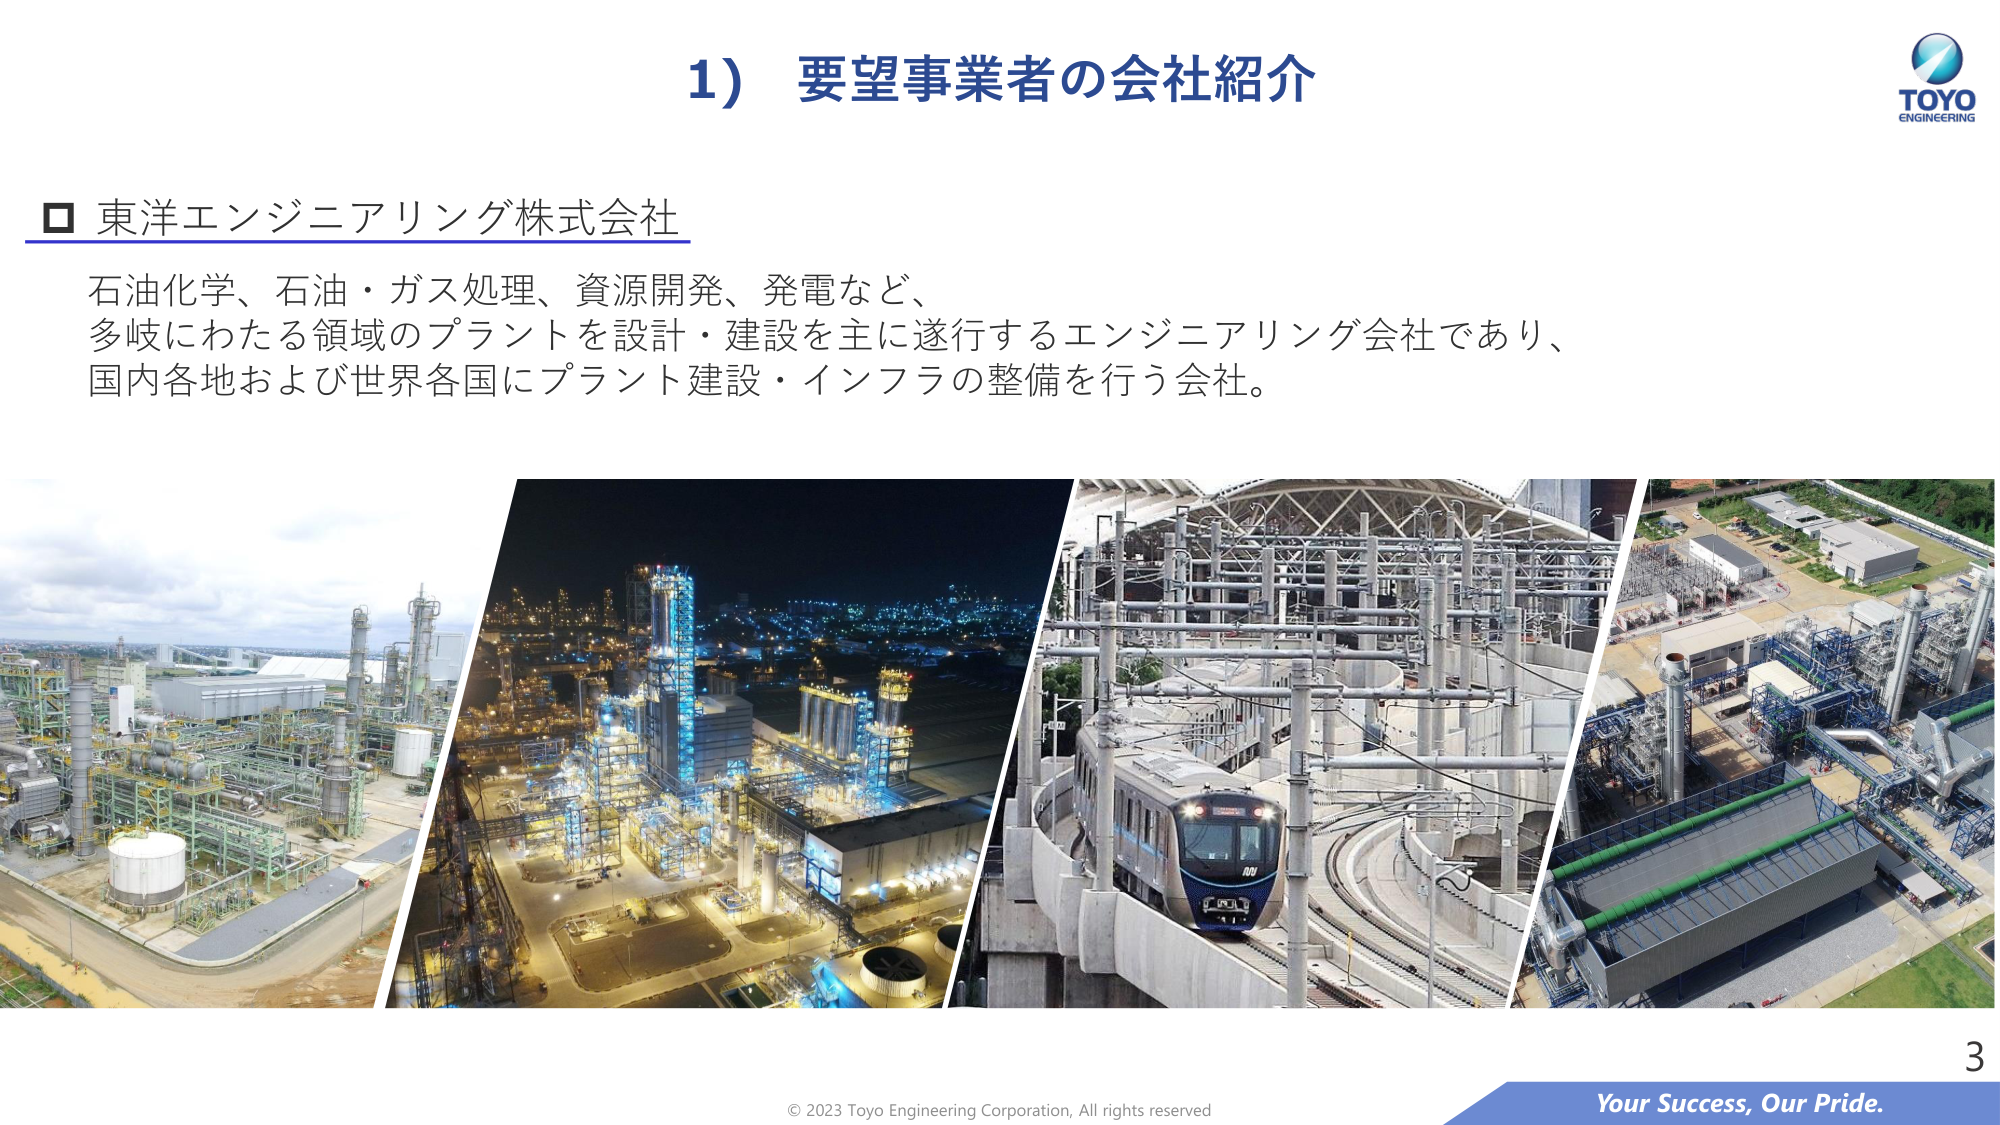
1) 要望事業者の会社紹介

□ 東洋エンジニアリング株式会社

石油化学、石油・ガス処理、資源開発、発電など、
多岐にわたる領域のプラントを設計・建設を主に遂行するエンジニアリング会社であり、
国内各地および世界各国にプラント建設・インフラの整備を行う会社。

TOYO
ENGINEERING

© 2023 Toyo Engineering Corporation, All rights reserved

Your Success, Our Pride.

3